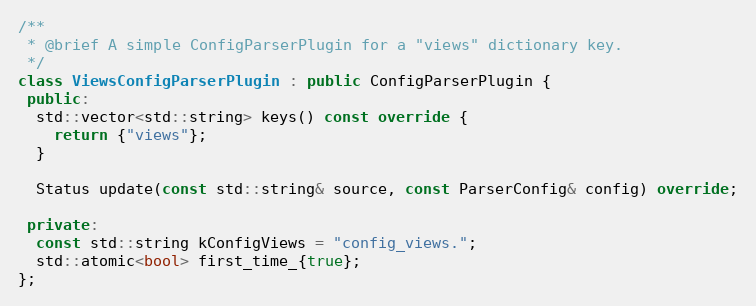
Language: C++
/**
 * @brief A simple ConfigParserPlugin for a "views" dictionary key.
 */
class ViewsConfigParserPlugin : public ConfigParserPlugin {
 public:
  std::vector<std::string> keys() const override {
    return {"views"};
  }

  Status update(const std::string& source, const ParserConfig& config) override;

 private:
  const std::string kConfigViews = "config_views.";
  std::atomic<bool> first_time_{true};
};